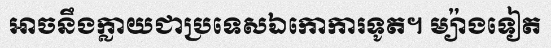
អាចនឹងក្លាយជាប្រទេសឯកោការទូត។ ម្យ៉ាងទៀត